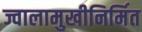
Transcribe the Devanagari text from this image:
ज्वालामुखीनिर्मित